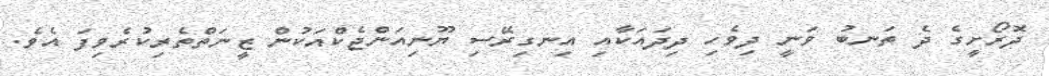
ދޮރޯށީގެ ދެ ތަނބު ވަނީ ދިވެހި ދިދައަކާއި އިނގިރޭސި ޔޫނިއަންޖެކްއަކުން ޒީނަތްތެރިކުރެވިފަ އެވެ.